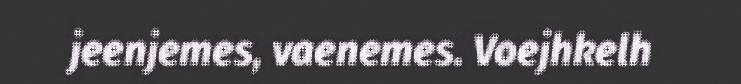
jeenjemes, vaenemes. Voejhkelh